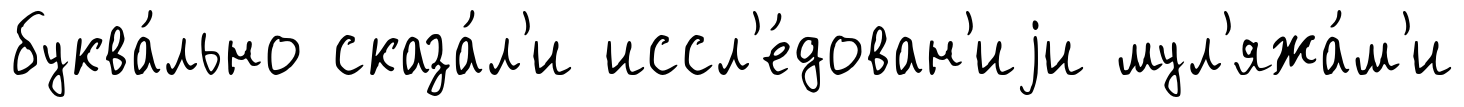
буква́льно сказа́л'и иссл'е́дован'иjи мул'яжа́м'и